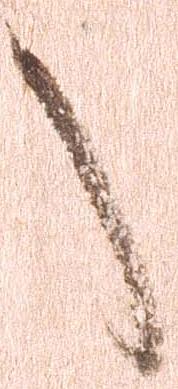
言